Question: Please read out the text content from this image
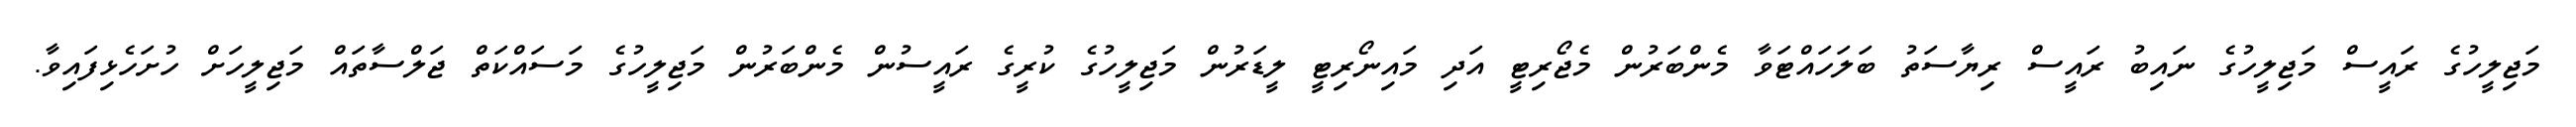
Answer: މަޖިލީހުގެ ރައީސް މަޖިލީހުގެ ނައިބު ރައީސް ރިޔާސަތު ބަލަހައްޓަވާ މެންބަރުން މެޖޯރިޓީ އަދި މައިނޯރިޓީ ލީޑަރުން މަޖިލީހުގެ ކުރީގެ ރައީސުން މެންބަރުން މަޖިލީހުގެ މަސައްކަތް ޖަލްސާތައް މަޖިލީހަށް ހުށަހެޅިފައިވާ.